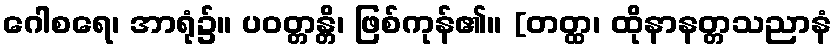
ဂေါစရေ၊ အာရုံ၌။ ပဝတ္တန္တိ၊ ဖြစ်ကုန်၏။ [တတ္ထ၊ ထိုနာနတ္တသညာနံ